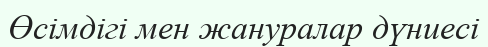
Өсімдігі мен жануралар дүниесі